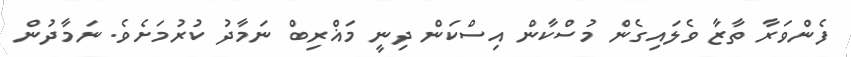
ފެންވަރާ ތާޒާ ވެލައިގެން މުސްކާން އިސްކަން ދިނީ މަޣްރިބް ނަމާދު ކުރުމަށެވެ. ނަމާދުން